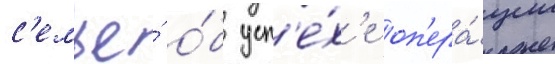
с'емье́ о́б усп'е́х'е оп'ера́ции